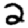
Digit: 2